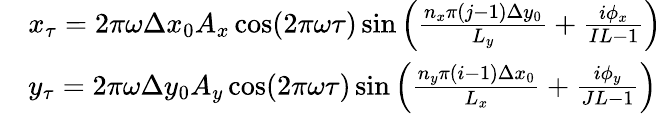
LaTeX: \begin{array}{rl}&{x_{\tau}=2\pi\omega\Delta x_{0}A_{x}\cos(2\pi\omega\tau)\sin\left(\frac{n_{x}\pi(j-1)\Delta y_{0}}{L_{y}}+\frac{i\phi_{x}}{IL-1}\right)}\\ &{y_{\tau}=2\pi\omega\Delta y_{0}A_{y}\cos(2\pi\omega\tau)\sin\left(\frac{n_{y}\pi(i-1)\Delta x_{0}}{L_{x}}+\frac{i\phi_{y}}{JL-1}\right)}\end{array}